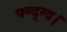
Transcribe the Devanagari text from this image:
फ्म्द्ग्द।